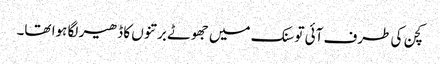
کچن کی طرف آئی تو سنک میں جھوٹے برتنوں کا ڈھیر لگا ہوا تھا۔